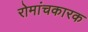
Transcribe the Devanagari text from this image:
रोमांचकारक